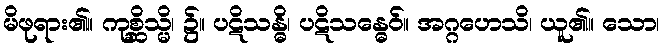
မိဖုရား၏။ ကုစ္ဆိသ္မိ၊ ၌။ ပဋိသန္ဓိ၊ ပဋိသန္ဓေဝ်။ အဂ္ဂဟေသိ၊ ယူ၏။ သော၊